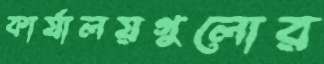
কার্যালয়গুলোর